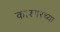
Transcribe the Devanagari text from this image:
काश्गरच्या